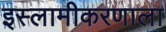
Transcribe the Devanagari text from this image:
इस्लामीकरणाला